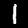
Label: 1